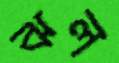
ঝল